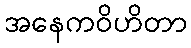
အနေကဝိဟိတာ